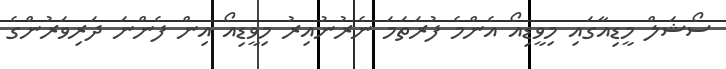
ސޯޝަލް މީޑިއާގައި މިވީޑިއޯ އެންމެ ފުރަތަމަ ނެރުނުއިރު މިވީޑިއޯ އިން ފެންނަ ދަރިވަރުންގެ